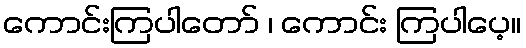
ကောင်းကြပါတော် ၊ ကောင်း ကြပါပေ့။